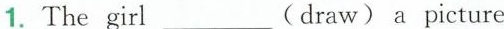
1. The girl___(draw) a picture